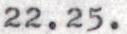
22.25.